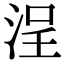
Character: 浧